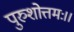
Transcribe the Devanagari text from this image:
पुरुशोत्तमः।।